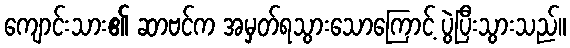
ကျောင်းသား၏ ဆာဗင်က အမှတ်ရသွားသောကြောင့် ပွဲပြီးသွားသည်။